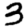
Digit: 3